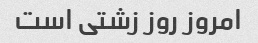
امروز روز زشتی است